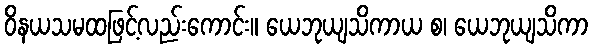
ဝိနယသမထဖြင့်လည်းကောင်း။ ယေဘုယျသိကာယ စ၊ ယေဘုယျသိကာ